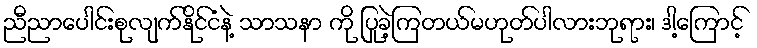
ညီညာပေါင်းစုလျက်နိုင်ငံနဲ့ သာသနာ ကို ပြုခဲ့ကြတယ်မဟုတ်ပါလားဘုရား၊ ဒါ့ကြောင့်